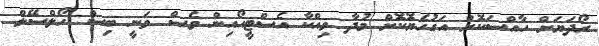
ރޯދަޔަށް ހާއްސަކޮށް އަގުހެޔޮކޮށް މުދާ ވިއްކާ އެސްޓީއޯއިން ވެސް ވަނީ ބިސް ހޯލްސޭލް